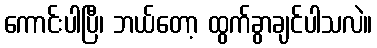
ကောင်းပါပြီ၊ ဘယ်တော့ ထွက်ခွာချင်ပါသလဲ။